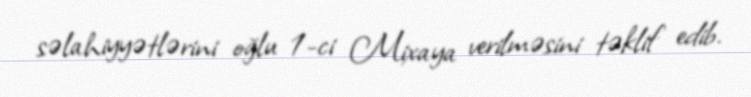
səlahiyyətlərini oğlu 1-ci Mixaya verilməsini təklif edib.